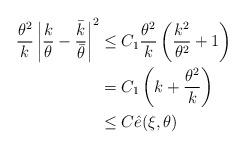
LaTeX: \begin{align*}\frac{\theta^2}{k}\left|\frac{k}{\theta}-\frac{\bar{k}}{\bar{\theta}}\right|^2&\leq C_1 \frac{\theta^2}{k}\left(\frac{k^2}{\theta^2}+1\right)\\&= C_1 \left(k+\frac{\theta^2}{k}\right)\\&\leq C \hat{e}(\xi,\theta)\end{align*}